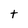
Character: t